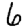
Digit: 6